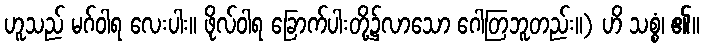
ဟူသည် မဂ်ဝါရ လေးပါး။ ဖိုလ်ဝါရ ခြောက်ပါးတို့၌လာသော ဂေါတြဘူတည်း။) ဟိ သစ္စံ၊ ၏။